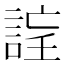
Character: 𧨉